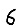
Digit: 6